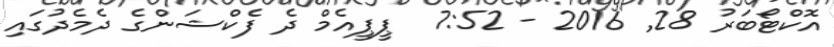
އޮކްޓޯބަރު 28